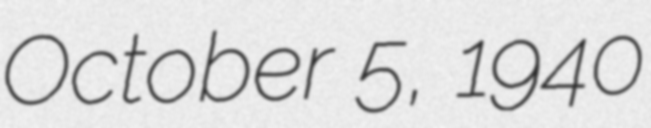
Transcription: October 5, 1940